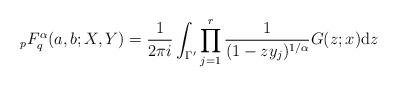
LaTeX: \begin{align*} \,_pF_q^\alpha (a,b; X, Y) = \frac{1}{2 \pi i} \int_{\Gamma'} \prod_{j=1}^r \frac{1}{(1-zy_j)^{1/\alpha}} G(z;x) {\rm d}z \end{align*}